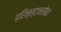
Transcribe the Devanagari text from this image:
प्रिन्स्टनसोबत